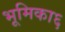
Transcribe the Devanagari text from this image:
भूमिका६